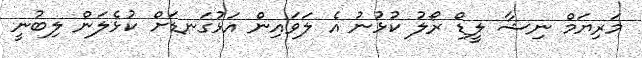
މަރިޔަމް ނިޝާ ލީޑް ރޯލު ކުޅުނު އެ ލަވައިން އަޅުގަނޑަށް ކުޅެލަން ލިބުނީ